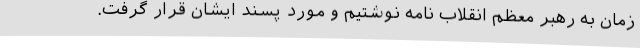
زمان به رهبر معظم انقلاب نامه نوشتیم و مورد پسند ایشان قرار گرفت.